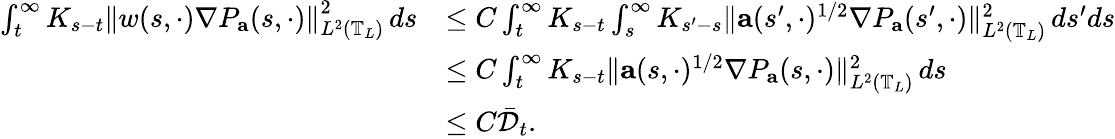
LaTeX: \begin{array}{rl}{\int_{t}^{\infty}K_{s-t}\left\| w(s,\cdot)\nabla P_{\mathbf{a}}(s,\cdot)\right\| _{L^{2}\left(\mathbb{T}_{L}\right)}^{2}\, ds}&{\leq C\int_{t}^{\infty}K_{s-t}\int_{s}^{\infty}K_{s^{\prime}-s}\| \mathbf{a}(s^{\prime},\cdot)^{1/2}\nabla P_{\mathbf{a}}(s^{\prime},\cdot)\| _{L^{2}\left(\mathbb{T}_{L}\right)}^{2}\, ds^{\prime}ds}\\ &{\leq C\int_{t}^{\infty}K_{s-t}\| \mathbf{a}(s,\cdot)^{1/2}\nabla P_{\mathbf{a}}(s,\cdot)\| _{L^{2}\left(\mathbb{T}_{L}\right)}^{2}\, ds}\\ &{\leq C\bar{\mathcal{D}}_{t}.}\end{array}